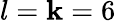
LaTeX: l=\mathbf{k}=6